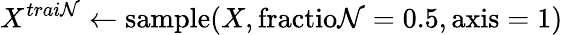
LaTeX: X^{trai\mathcal{N}}\gets\mathrm{{sample}}(X,\mathrm{{fractio\mathcal{N}}}=0.5,\mathrm{{axis}}=1)